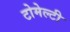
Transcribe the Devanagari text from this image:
टोमेल्टी